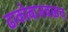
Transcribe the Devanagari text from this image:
ढाकोबाजवळच